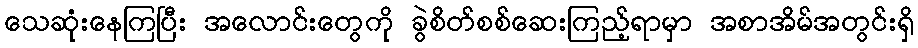
သေဆုံးနေကြပြီး အလောင်းတွေကို ခွဲစိတ်စစ်ဆေးကြည့်ရာမှာ အစာအိမ်အတွင်းရှိ